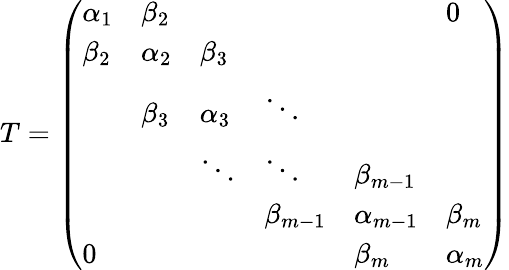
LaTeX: T={\left(\begin{array}{llllll}{\alpha_{1}}&{\beta_{2}}&&&&{0}\\ {\beta_{2}}&{\alpha_{2}}&{\beta_{3}}&&&\\ &{\beta_{3}}&{\alpha_{3}}&{\ddots}&&\\ &&{\ddots}&{\ddots}&{\beta_{m-1}}&\\ &&&{\beta_{m-1}}&{\alpha_{m-1}}&{\beta_{m}}\\ {0}&&&&{\beta_{m}}&{\alpha_{m}}\end{array}\right)}